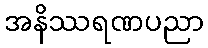
အနိဿရဏပညာ